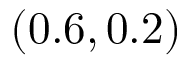
( 0 . 6 , 0 . 2 )